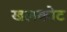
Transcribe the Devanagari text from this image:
खलकोट